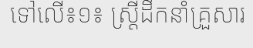
ទៅលើ៖១៖ ស្ត្រីដឹកនាំគ្រួសារ